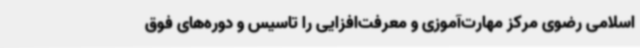
اسلامی رضوی مرکز مهارت‌آموزی و معرفت‌افزایی را تاسیس و دوره‌های فوق